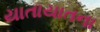
યાતાયાતના